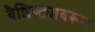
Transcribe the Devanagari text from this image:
वैशिष्ट्यांवरून